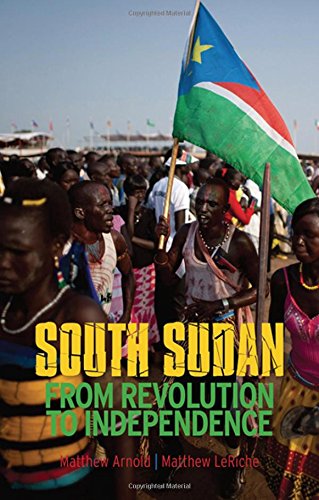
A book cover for South Sudan: From Revolution to Independence; Matthew Arnold; History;